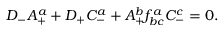
D _ { - } A _ { + } ^ { a } + D _ { + } C _ { - } ^ { a } + A _ { + } ^ { b } f _ { b c } ^ { a } C _ { - } ^ { c } = 0 .